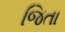
જિતા